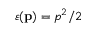
\varepsilon ( \mathbf { p } ) = p ^ { 2 } / 2